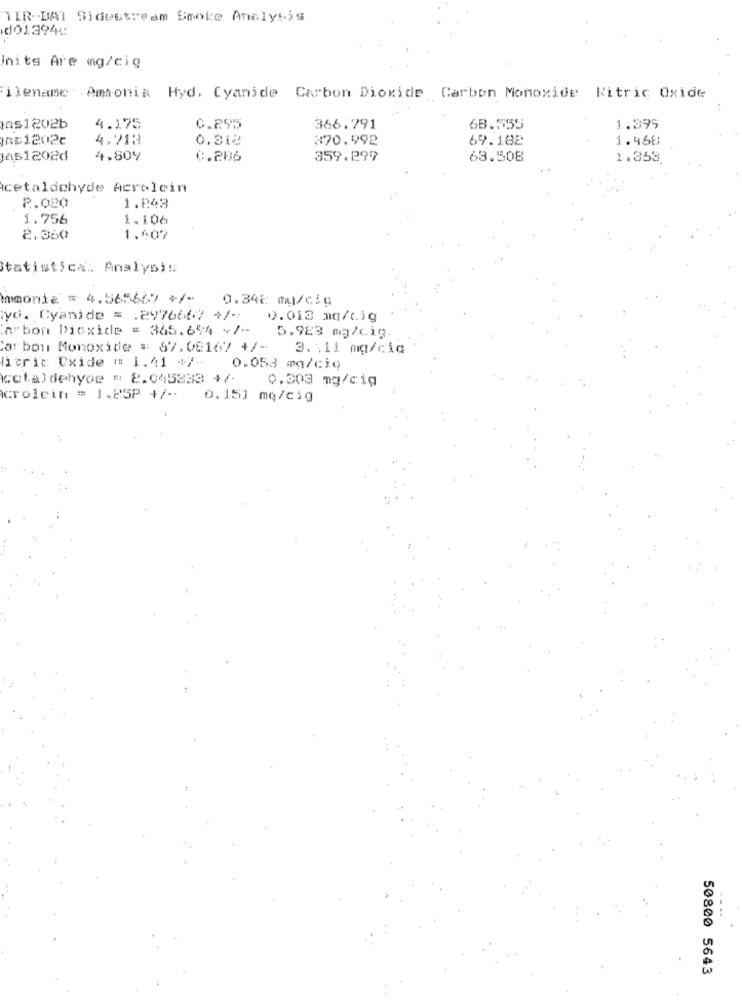
TIR .- BAT Sidestream Smoke Analysis
do1394
Inits Are mg/cig
Filename : Amonia Hyd. Cyanide Carbon Dioxide Carbon Monoxide Nitric Oxide
as1202b
4.175
C.295
366.791
68.555
1.395
1081202c
4.71H
0.312
370.992
69.182
1.468
as1202d
4.80%
0.286
359.299
63.508
1.353
cetaldehyde Acrolein
2.020
1.043
1.756
1. 106
2.360
1.4:07
Statistical Analysis
monia = 4.565667 +/-
0.348 mg/cig
lyd. Cyanide = . 297666.7 +/-
0.013 mq/cig
abon Dioxide = 365.654 -/-
5.923 mg/c1g.
Carbon Monoxide = 67.08167 +/- 3.11 mg/cic
hieric Oxide # 1.41 +/- 0.053 mg/ciq
cetaldehyde = 2.045833 +/-
0.303 mg/cig
crolein = 1.25P +/-
0.151 mę/cig
50800 5643